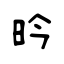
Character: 昑